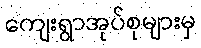
ကျေးရွာအုပ်စုများမှ